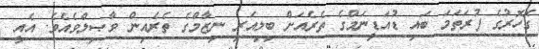
ގޮހޮރުގެ ފުރަތަމަ ބައި ޑުއަޑީނަމްގެ ތެރެއަށް ބިލިއަރީ ނިޒާމްގެ ތެރެއިން ވާޞިލްވެއެވެ. އެއީ